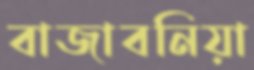
বাজাবনিয়া